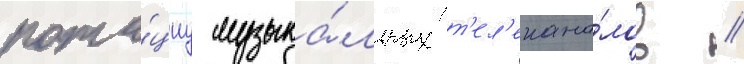
рота́циу музыка́льных т'ел'екана́лов //